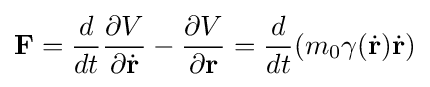
\mathbf {F} ={\frac {d}{dt}}{\frac {\partial V}{\partial {\dot {\mathbf {r} }}}}-{\frac {\partial V}{\partial \mathbf {r} }}={\frac {d}{dt}}(m_{0}\gamma ({\dot {\mathbf {r} }}){\dot {\mathbf {r} }})